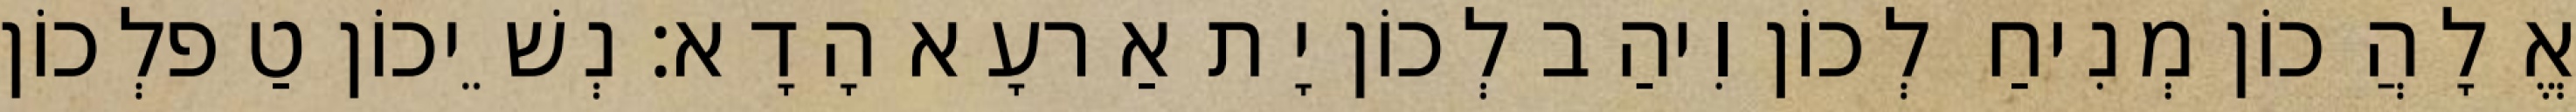
אֱלָהֲכוֹן מְנִיחַ לְכוֹן וִיהַב לְכוֹן יָת אַרעָא הָדָא׃ נְשֵׁיכוֹן טַפלְכוֹן